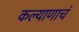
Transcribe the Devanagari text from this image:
कल्याणाचं